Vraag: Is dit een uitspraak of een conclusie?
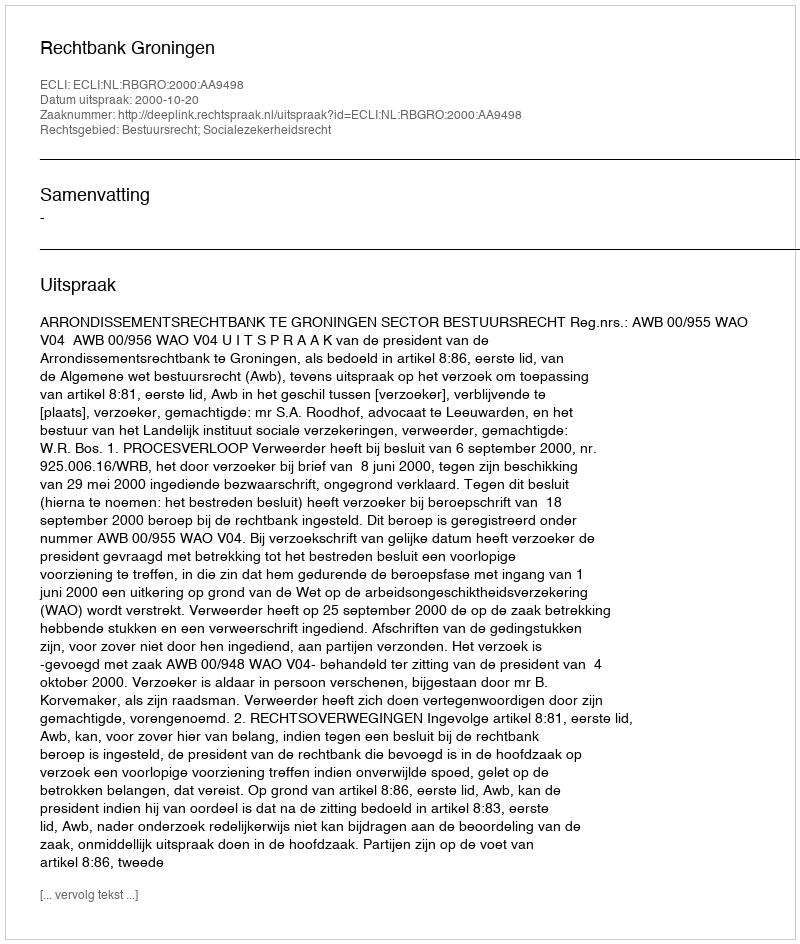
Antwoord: Uitspraak